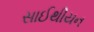
સાઈથીયન